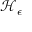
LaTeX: { \mathcal { H } } _ { \epsilon }